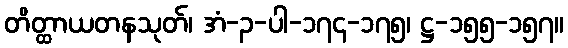
တိတ္ထာယတနသုတ်၊ အံ-၃-ပါ-၁၇၄-၁၇၅၊ ဋ္ဌ-၁၅၅-၁၅၇။